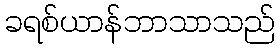
ခရစ်ယာန်ဘာသာသည်